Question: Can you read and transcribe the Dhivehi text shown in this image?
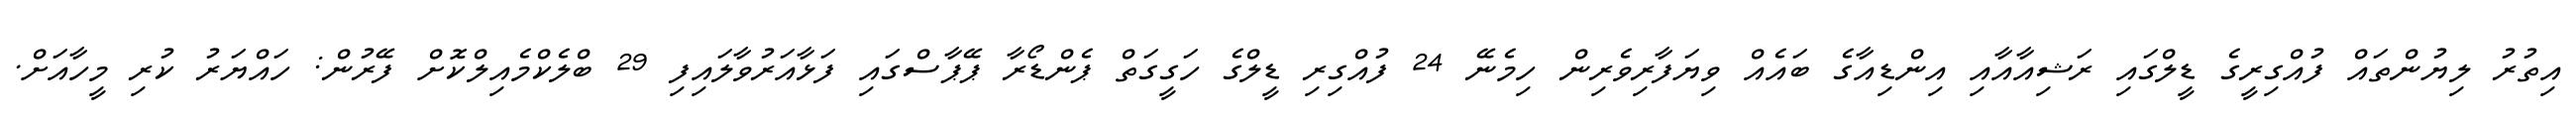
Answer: އިތުރު ލިޔުންތައް ފުއްގިރީގެ ޑީލްގައި ރަޝިއާއާއި އިންޑިއާގެ ބައެއް ވިޔަފާރިވެރިން ހިމެނޭ 24 ފުއްގިރި ޑީލްގެ ހަގީގަތް ޕެންޑޯރާ ޕޭޕާސްގައި ފަޅާއަރުވާލައިފި 29 ބްލެކްމެއިލްކޮށް ފޭރުން: ހައްޔަރު ކުރި މީހާއަށް.